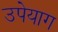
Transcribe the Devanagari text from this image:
उपेयाग